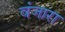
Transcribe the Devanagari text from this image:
वंजारा